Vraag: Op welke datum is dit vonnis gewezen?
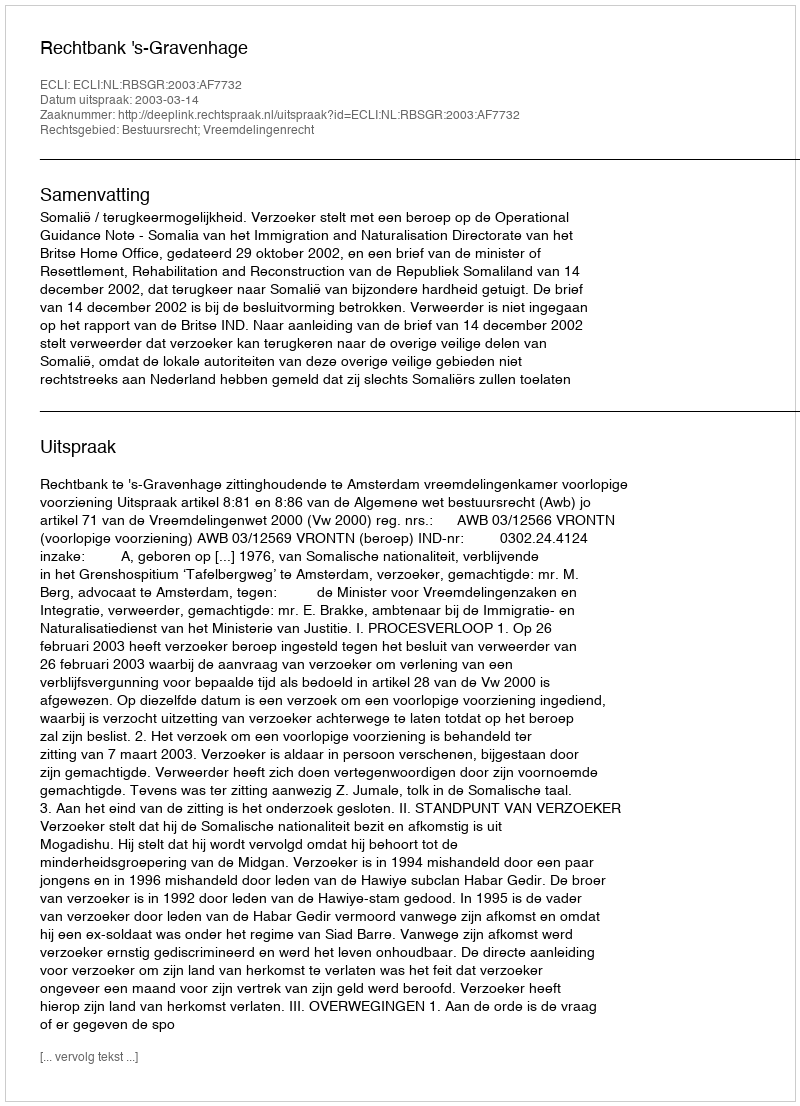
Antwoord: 2003-03-14